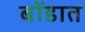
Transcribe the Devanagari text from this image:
बोंडात